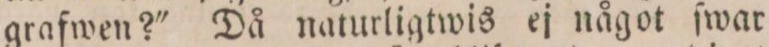
grafwen?' Då naturligtwis ej något ſwar